Code of medical and sanitary regulations for the guidance of medical officers serving in the Madras Presidency - Volume I
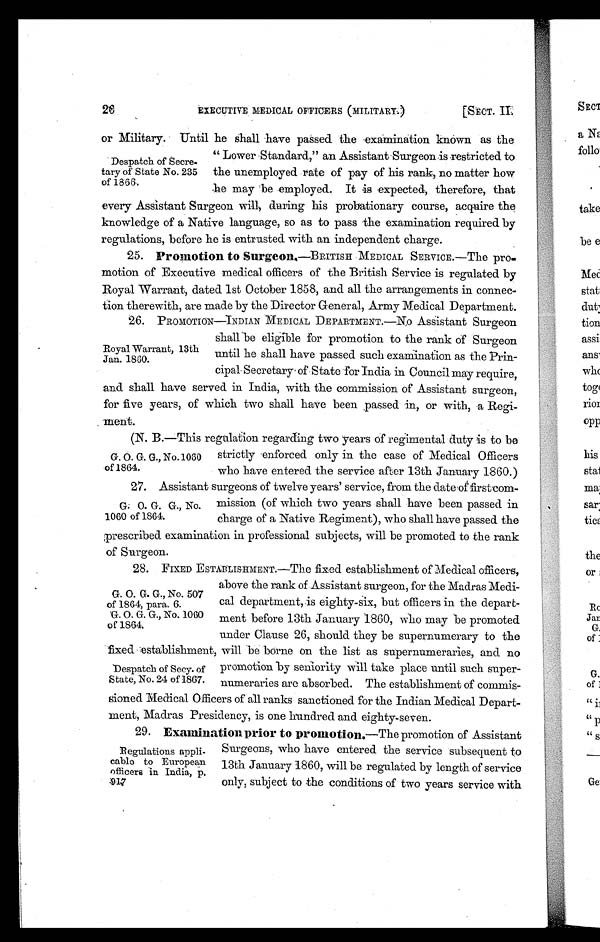
26 EXECUTIVE MEDICAL OFFICERS (MILITARY) [SECT. II.
or Military. Until he shall have passed the examination known as the
Lower Standard," an Assistant Surgeon is restricted to
Despatch of Secre.
tary of State No. 235 the unemployed rate of pay of his rank, no matter how
of 1866.
he may be empl oyed. I t i s expect ed, t heref ore, t hat
every Assistant Surgeon will, during his probationary course, acquire the
knowledge of a Native language, so as to pass the examination required by
regulations, before he is entrusted with an independent charge.
25. Promotion to Surgeon.—BRITISH MEDICAL SERVICE.—The pro
- m o t i o n o f E x e c u t i v e m e d i c a l o f f i c e r s o f t h e B r i t i s h S e r v i c e i s r e g u l a t e d b y
Royal Warrant, dated 1st October 1858, and all the arrangements in connec
-tion therewith, are made by the Director General, Army Medical Department.
Royal Warrant, 13th
Jan1860.
26. PROMOTION—INDIAN MEDICAL DEPARTMENT.—No Assi stant Surgeon
shall be eligible for promotion to the rank of Surgeon
until he shall have passed such examin`ation as the Prin-
cipal Secretary of State for India in Council may require,
and shall have served in India, with the commission of Assistant surgeon,
for five years, of which two shall have been passed in, or with, a Regi
-ment.
(N. B.—This regulation regarding two years of regimental duty is to be
G. O. G. G., No.1060 strictly enforced only in the case of Medical Officers
of 1864. who have entered the service after 13th January 1860.)
27. Assistant surgeons of twelve years service, from the date of firstcom-
G . O . G . G . , N o . m i s s i o n ( o f w h i c h t w o y e a r s s h a l l h a v e b e e n p a s s e d i n
1060 of 1864. charge of a Native Regiment), who shall have passed the
prescribed examination in professional subjects, will be promoted to the rank
of Surgeon.
2 8 . F I X E D E S T A B L I S H ME N T . —T h e f i x e d e s t a b l i s h me n t o f Me d i c a l o f f i c e r s ,
above the rank of Assistant surgeon, for the Madras Medi-
G . O . G . G . , N o . 5 0 7
of 1864, para. 6.
cal department, is eighty-six, but officers in the depart-
G. O. G. G., No. 1060 ment before 13th January 1860, Who may be promoted
of 1864.
under Clause 26, should they be supernumerary to the
fixed establishment, will be borne on the list as supernumeraries, and no
'Despatch of Secy. of promotion by seniority will take place until such super-
State, No. 24 of 1867. numeraries are absorbed. The establishment of commis
-sioned Medical Officers of all ranks sanctioned for the Indian Medical Depart
-ment, Madras Presidency, is one hundred and eighty-seven.
29. Examination prior to promotion.—The promotion of Assistant
Surgeons, who have entered the service subsequent to
Regulations appli-
cable to European 13th January 1860, will be regulated by length of service
o f f i c e r s i n I n d i a p . 9 1 7 o n l y , s u b j e c t t o t h e c o n d i t i o n s o f t w o y e a r s s e r v i c e w i t h